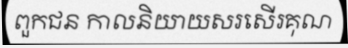
ពួកជន កាលនិយាយសរសើរគុណ